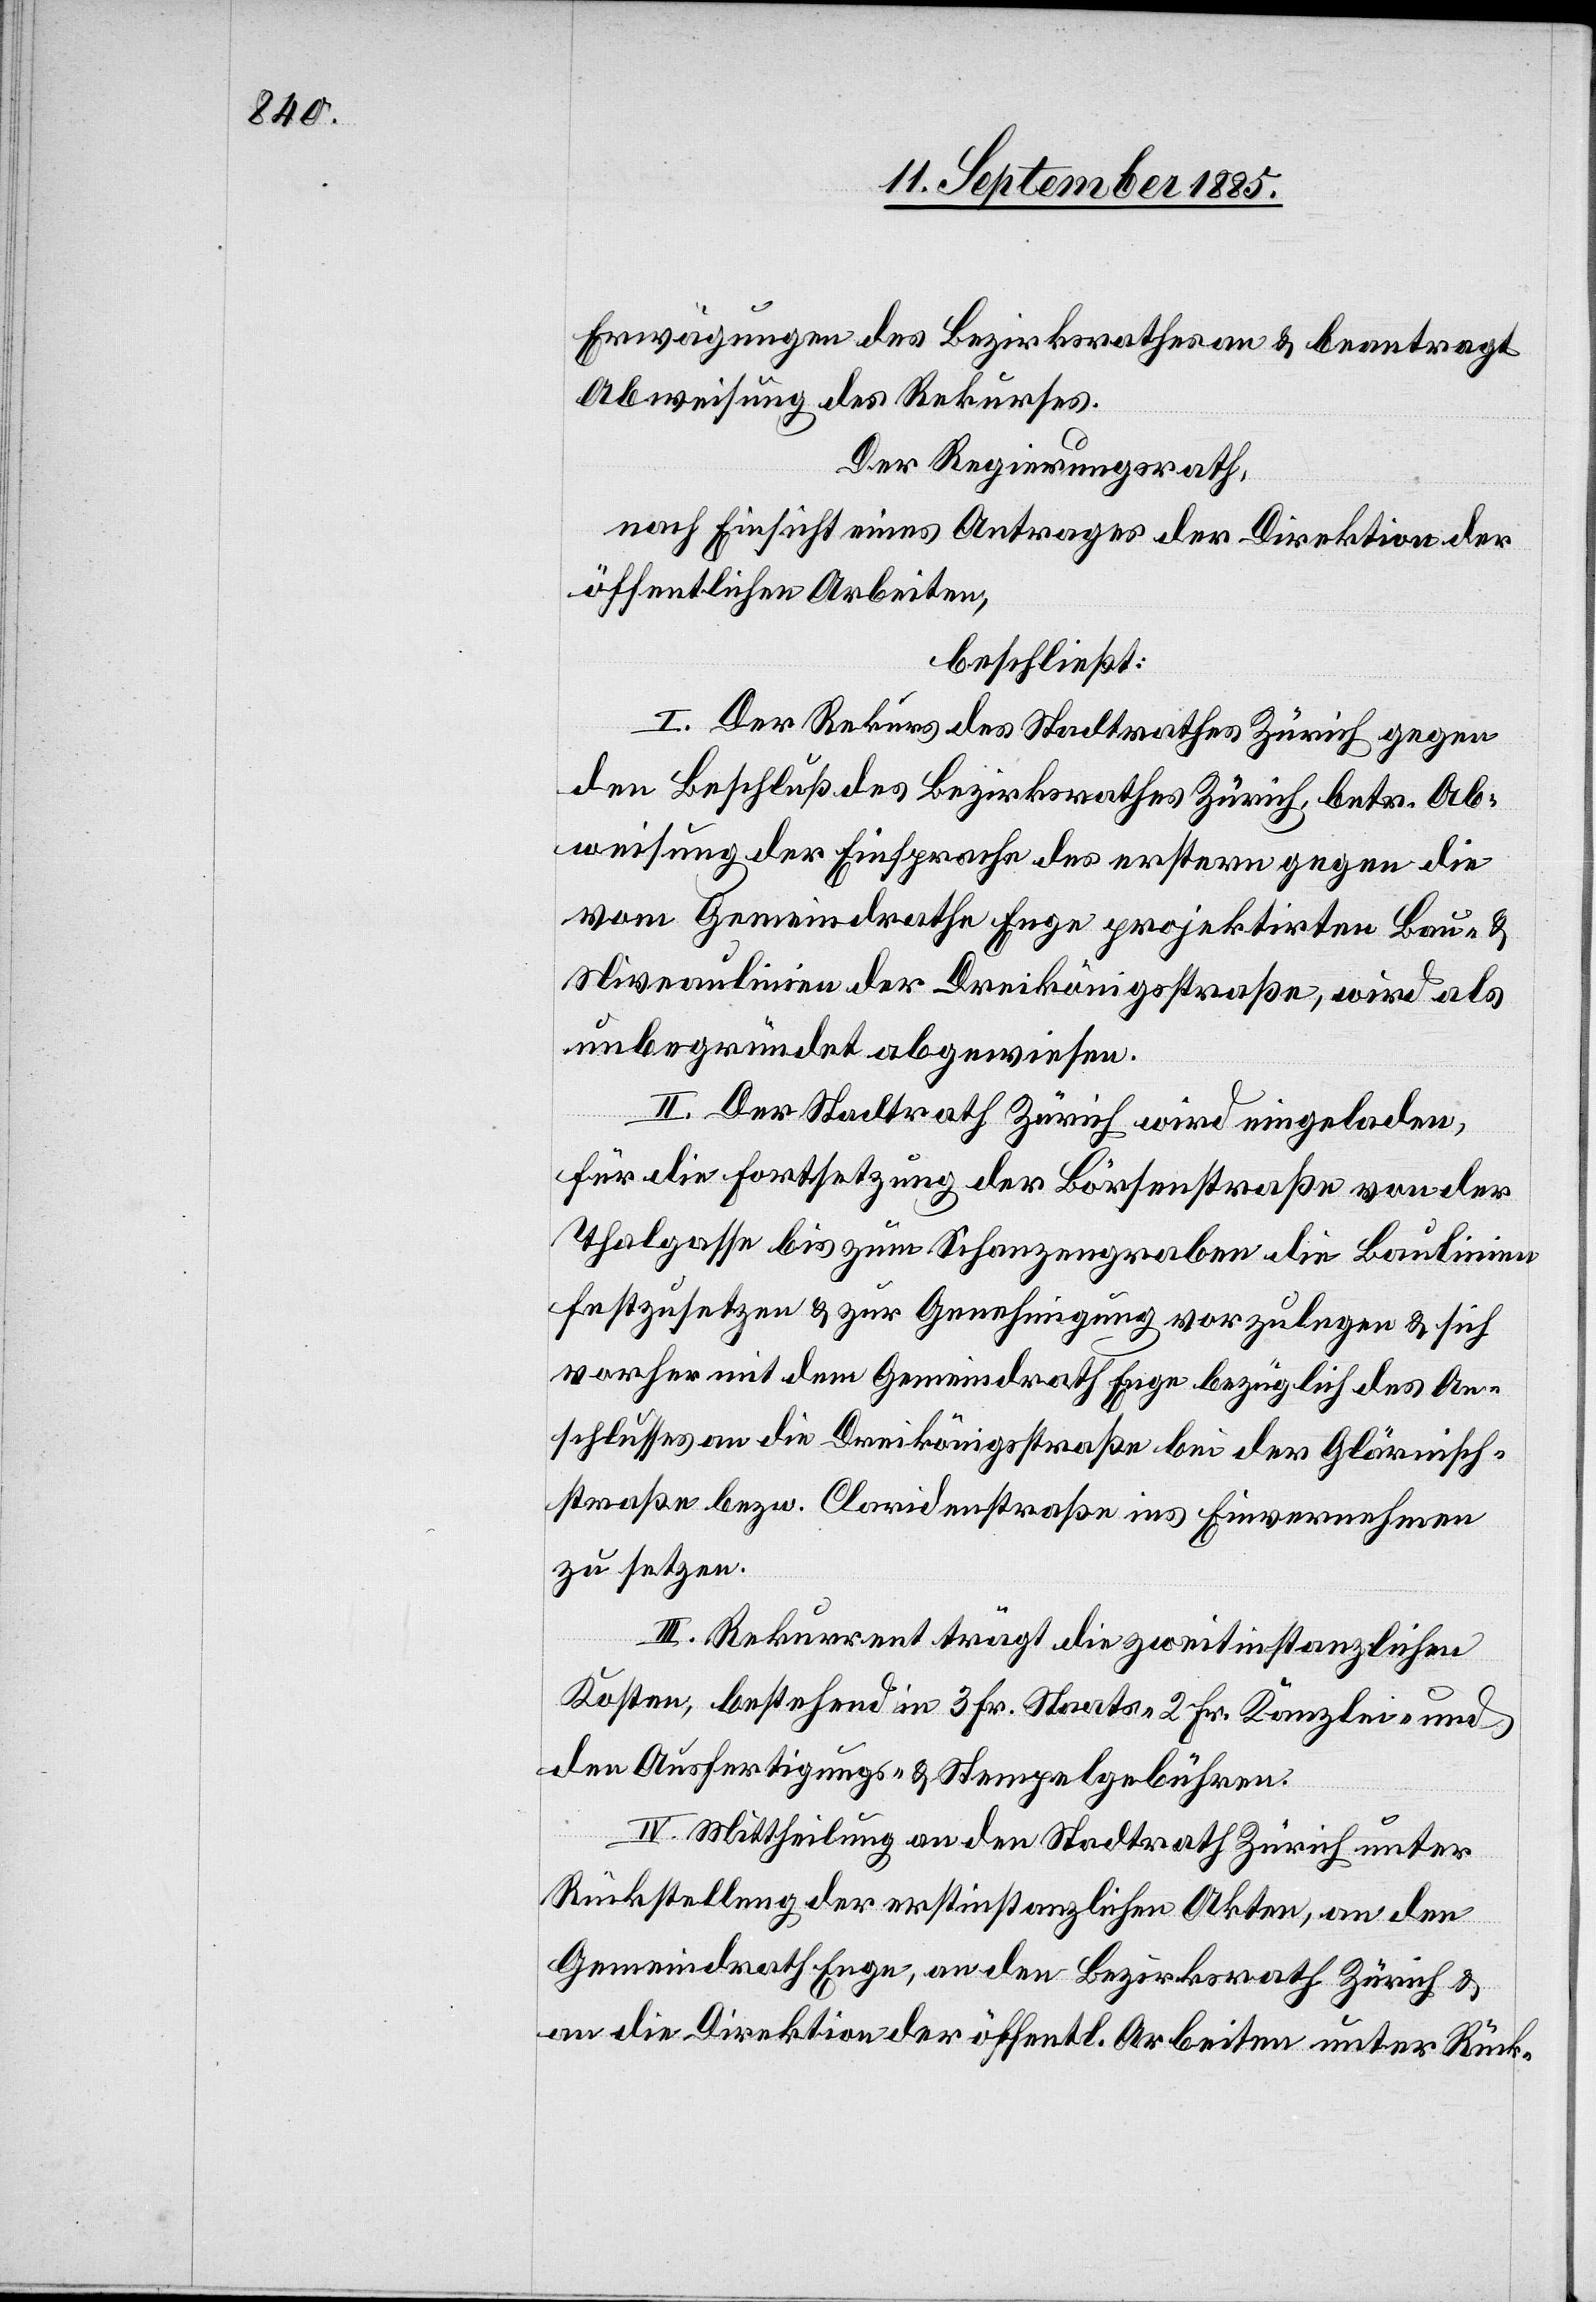
Erwägungen des Bezirksrathes an & beantragt
Abweisung des Rekurses.
Der Regierungsrath,
nach Einsicht eines Antrages der Direktion der
öffentlichen Arbeiten,
beschließt:
I. Der Rekurs des Stadtrathes Zürich gegen
den Beschluß des Bezirksrathes Zürich, betr. Ab¬
weisung der Einsprache des erstern gegen die
vom Gemeindrahte Enge projektirten Bau- &
Niveaulinien der Dreikönigsstraße, wird als
unbegründet abgewiesen.
II. Der Stadtrath Zürich wird eingeladen
für die Fortsetzung der Börsenstraße von der
Thalgasse bis zum Schanzengraben die Baulinien
festzusetzen & zur Genehmigung vorzulegen & sich
vorher mit dem Gemeindrath Enge bezüglich des An¬
schlusses an die Dreikönigsstraße bei der Glärnisch¬
straße bezw. Claridenstraße ins Einvernehmen
zu setzen.
III. Rekurrent trägt die zweitinstanzlichen
Kosten, bestehend in 3 Fr. Staats-[,] 2 Fr. Kanzlei und
den Ausfertigungs- & Stempelgebühren.
IV. Mittheilung an den Stadtrath Zürich unter
Rückstellung der erstinstanzlichen Akten, an den
Gemeindrath Enge, an den Bezirksrath Zürich &
an die Direktion der öffentl. Arbeiten unter Rück-